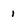
Character: i